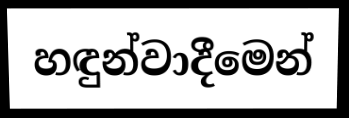
හඳුන්වාදීමෙන්